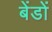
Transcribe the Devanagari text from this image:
बेंडों